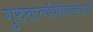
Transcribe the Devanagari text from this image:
गुरुतत्त्वविहीनश्चेत्तत्सर्वं